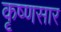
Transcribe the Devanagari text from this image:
कृष्णसार